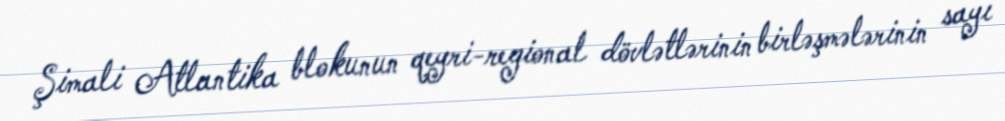
Şimali Atlantika blokunun qeyri-regional dövlətlərinin birləşmələrinin sayı